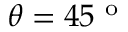
\theta = 4 5 ^ { \mathrm { ~ o ~ } }